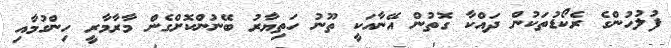
ފުލުހުންގެ ރެކޯޑުތަކުން ދައްކާ ގޮތުން އޭނާއަކީ ތޫނު ހަތިޔާރު ބޭނުންކޮށްގެން މާރާމާރީ ހިންގުމާއި